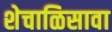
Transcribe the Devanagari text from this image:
शेचाळिसावा